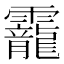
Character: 靇